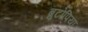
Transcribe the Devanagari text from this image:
ब्रुटोपिया